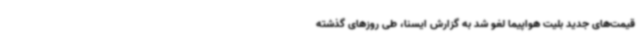
قیمت‌های جدید بلیت هواپیما لغو شد به گزارش ایسنا، طی روزهای گذشته